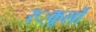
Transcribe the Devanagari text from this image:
स्‍्कूलों